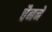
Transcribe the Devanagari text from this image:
चैनने